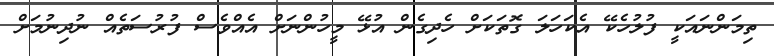
ތިމަންނައަކީ ފުލުހެކޭ އެކަހަލަ ގޮތަކަށް ހެދިގެން އުޅޭ މީހުންނަށް އެއްވެސް ފުރުސަތެއް ނުދިނުމަށް